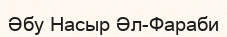
Әбу Насыр Әл-Фараби